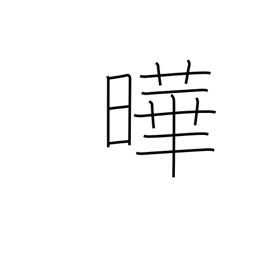
Meaning: flourishing